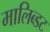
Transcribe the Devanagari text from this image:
मालिब्डट